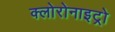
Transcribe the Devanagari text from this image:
क्लोरोनाइट्रो